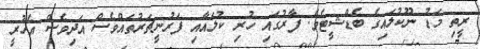
ރީތި މަޑު ނޫކުލައިގެ ބެޑްޝީޓެވެ. ފާރުގައި ހުރި ކުލައާއި ފަރުނީޗަރުތައްވެސް އަދިވެސް އެހުރީ